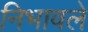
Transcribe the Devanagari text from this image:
निभावले